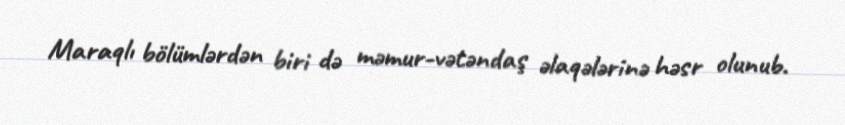
Maraqlı bölümlərdən biri də məmur-vətəndaş əlaqələrinə həsr olunub.